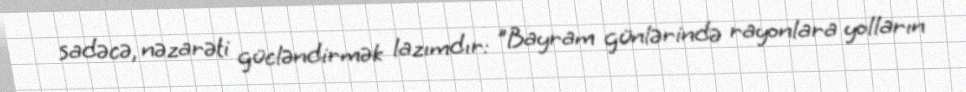
sadəcə, nəzarəti gücləndirmək lazımdır: "Bayram günlərində rayonlara yolların